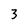
Character: 3